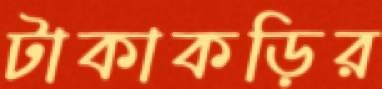
টাকাকড়ির